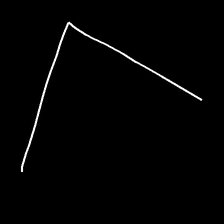
Glyph: region